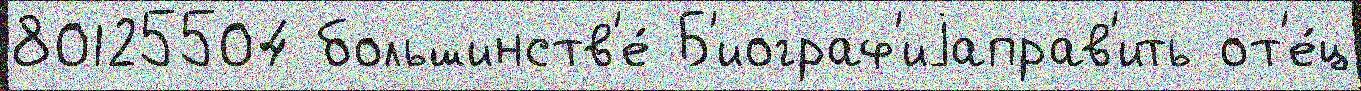
80125504 большинств'е́ Б'иограф'иjаправ'ить от'е́ц